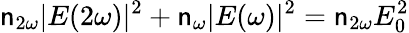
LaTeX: \mathsf{n}_{2\omega}|E(2\omega)|^{2}+\mathsf{n}_{\omega}|E(\omega)|^{2}=\mathsf{n}_{2\omega}E_{0}^{2}